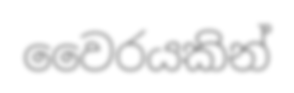
වෛරයකින්